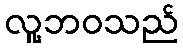
လူ့ဘဝသည်